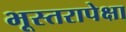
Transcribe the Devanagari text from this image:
भूस्तरापेक्षा